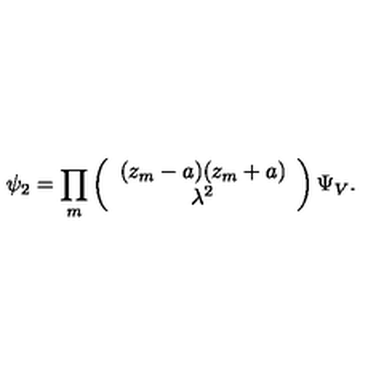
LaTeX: \psi _ { 2 } = \prod _ { m } \left( \begin{array} { c } { ( z _ { m } - a ) ( z _ { m } + a ) } \\ { \lambda ^ { 2 } } \\ \end{array} \right) \Psi _ { V } .